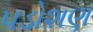
પડોશણ